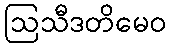
ဩသီဒတိမေဝ